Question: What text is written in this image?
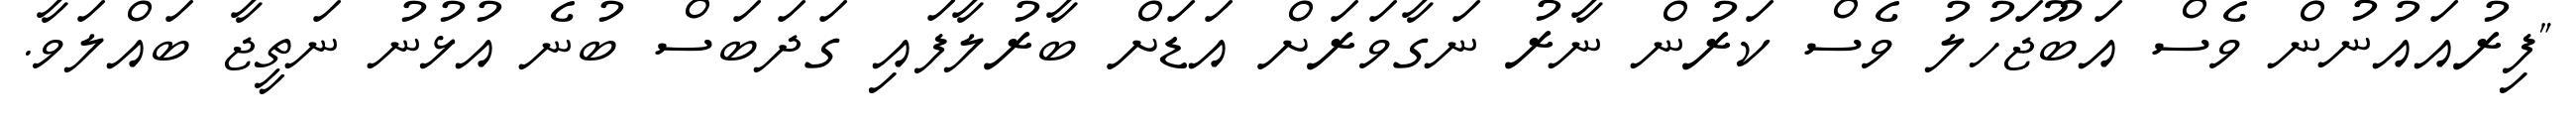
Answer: "ފިރުއައުނުން ވެސް އަބޫޖަހުލު ވެސް ކަރުން ނާރު ނަގާވަރަށް އަޑަށް ބާރުލާފައި ގަދަބަސް ބުނެ އުޅުނު ނަތީޖާ ބައްލަވާ.